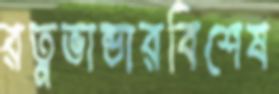
রত্নভান্ডারবিশেষ